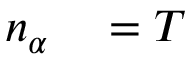
\begin{array} { r l } { n _ { \alpha } } & { { } = T } \end{array}